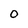
Character: 0